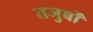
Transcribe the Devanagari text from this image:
तजुर्बों